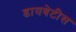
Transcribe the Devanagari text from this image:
डायबेटीस